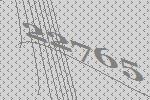
22765